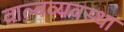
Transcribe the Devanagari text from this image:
वाल्वव्यवस्था